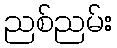
ညစ်ညမ်း